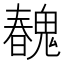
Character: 𩳽